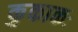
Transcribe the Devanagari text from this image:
कुकाकः